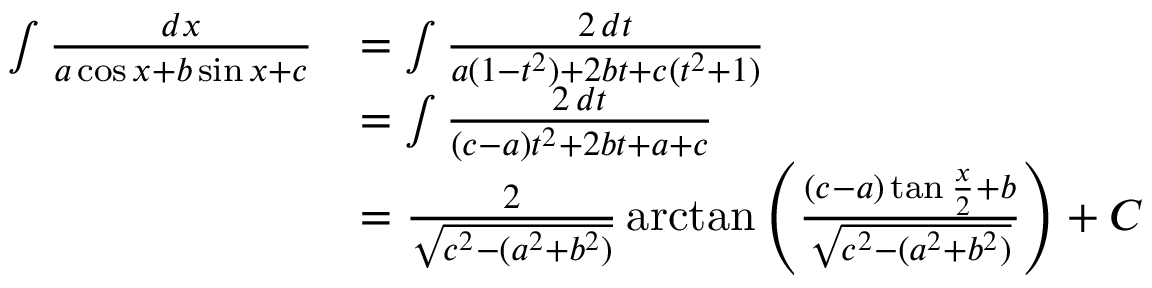
{ \begin{array} { r l } { \int { \frac { d x } { a \cos x + b \sin x + c } } } & { = \int { \frac { 2 \, d t } { a ( 1 - t ^ { 2 } ) + 2 b t + c ( t ^ { 2 } + 1 ) } } } \\ & { = \int { \frac { 2 \, d t } { ( c - a ) t ^ { 2 } + 2 b t + a + c } } } \\ & { = { \frac { 2 } { \sqrt { c ^ { 2 } - ( a ^ { 2 } + b ^ { 2 } ) } } } \arctan \left( { \frac { ( c - a ) \tan { \frac { x } { 2 } } + b } { \sqrt { c ^ { 2 } - ( a ^ { 2 } + b ^ { 2 } ) } } } \right) + C } \end{array} }